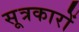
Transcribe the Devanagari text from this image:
सूत्रकारों